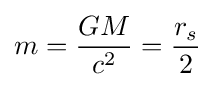
m={\frac {GM}{c^{2}}}={\frac {r_{s}}{2}}